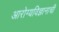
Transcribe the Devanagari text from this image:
आरोग्यविज्ञानाची